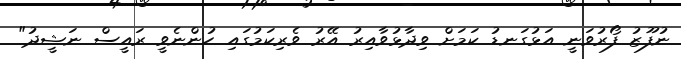
ނުފޫޒު ފޯރުވަނީ އަޅުގަނޑު ކަމަށް ވިދާޅުވާއިރު އޭރު ވެރިކަމުގައި ހުންނެވީ ރައީސް ނަޝީދު"